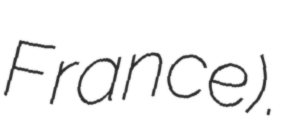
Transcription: France).